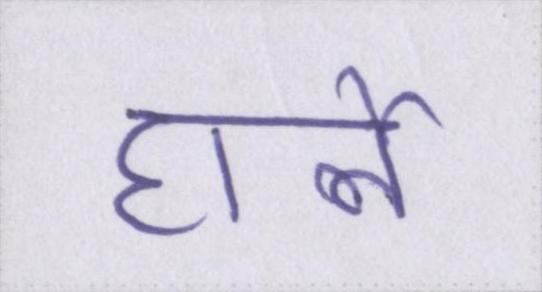
हार्ले